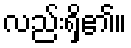
လည်းရှိ၏။